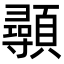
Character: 䫮